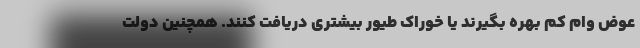
عوض وام کم بهره بگیرند یا خوراک طیور بیشتری دریافت کنند. همچنین دولت